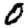
Digit: 0